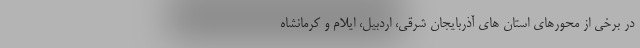
در برخی از محورهای استان های آذربایجان شرقی، اردبیل، ایلام و کرمانشاه